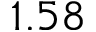
1 . 5 8